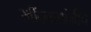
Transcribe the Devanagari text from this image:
रवींद्रनाथांनीच